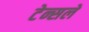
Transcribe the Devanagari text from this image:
टेन्सले